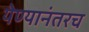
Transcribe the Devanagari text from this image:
येण्यानंतरच